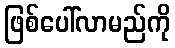
ဖြစ်ပေါ်လာမည်ကို